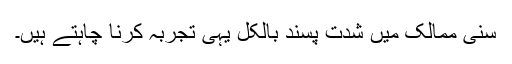
سنى ممالک میں شدت پسند بالکل یہى تجربہ کرنا چاہتے ہیں۔